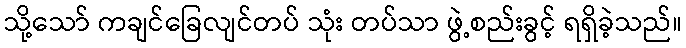
သို့သော် ကချင်ခြေလျင်တပ် သုံး တပ်သာ ဖွဲ့စည်းခွင့် ရရှိခဲ့သည်။